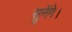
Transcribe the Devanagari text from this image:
सुनेंगे।